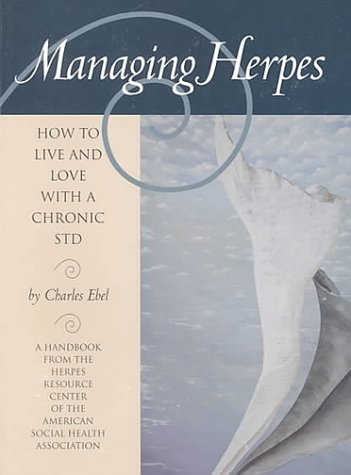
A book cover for Managing Herpes: How to Live and Love With a Chronic STD; Charles Ebel; Health, Fitness & Dieting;